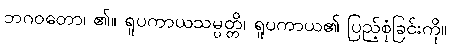
ဘဂဝတော၊ ၏။ ရူပကာယသမ္ပတ္တိ၊ ရူပကာယ၏ ပြည့်စုံခြင်းကို။